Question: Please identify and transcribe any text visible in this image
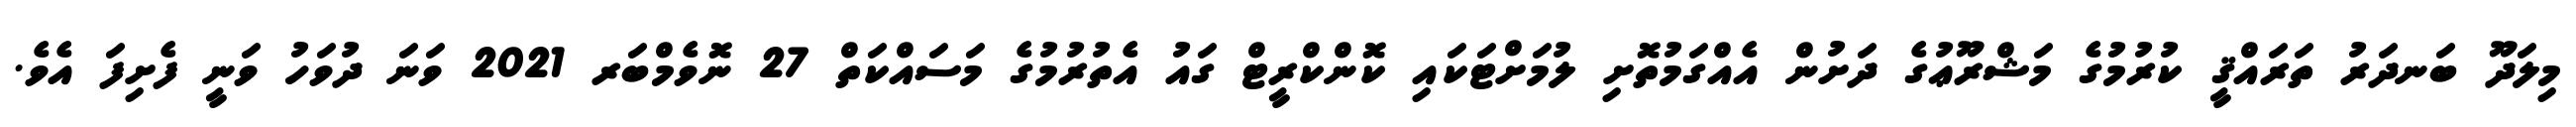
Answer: މިލަދޫ ބަނދަރު ތަރައްޤީ ކުރުމުގެ މަޝްރޫޢުގެ ދަށުން އެއްގަމުތޮށި ލުމަށްޓަކައި ކޮންކްރީޓް ގައު އެތުރުމުގެ މަސައްކަތް 27 ނޮވެމްބަރ 2021 ވަނަ ދުވަހު ވަނީ ފެށިފަ އެވެ.